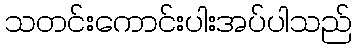
သတင်းကောင်းပါးအပ်ပါသည်